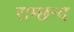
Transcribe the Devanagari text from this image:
राम्छन्द